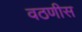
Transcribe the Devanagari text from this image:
वठणीस